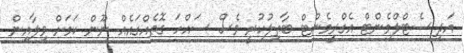
އަދި ސެޓްލްމެންޓް އެގްރީމެންޓް ބާތިލުކުރީ ވެސް ސައްހަ ގޮތެއްގައެއް ނޫން ކަމަށް ވިލާއިން